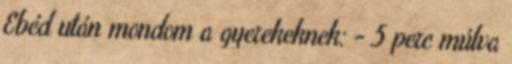
Ebéd után mondom a gyerekeknek: - 5 perc múlva